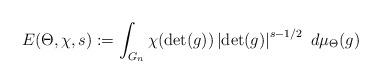
LaTeX: \begin{align*}E(\Theta,\chi,s):=\int_{G_n}\chi(\det(g))\left|\det(g)\right|^{s-1/2}\ d\mu_{\Theta}(g)\end{align*}